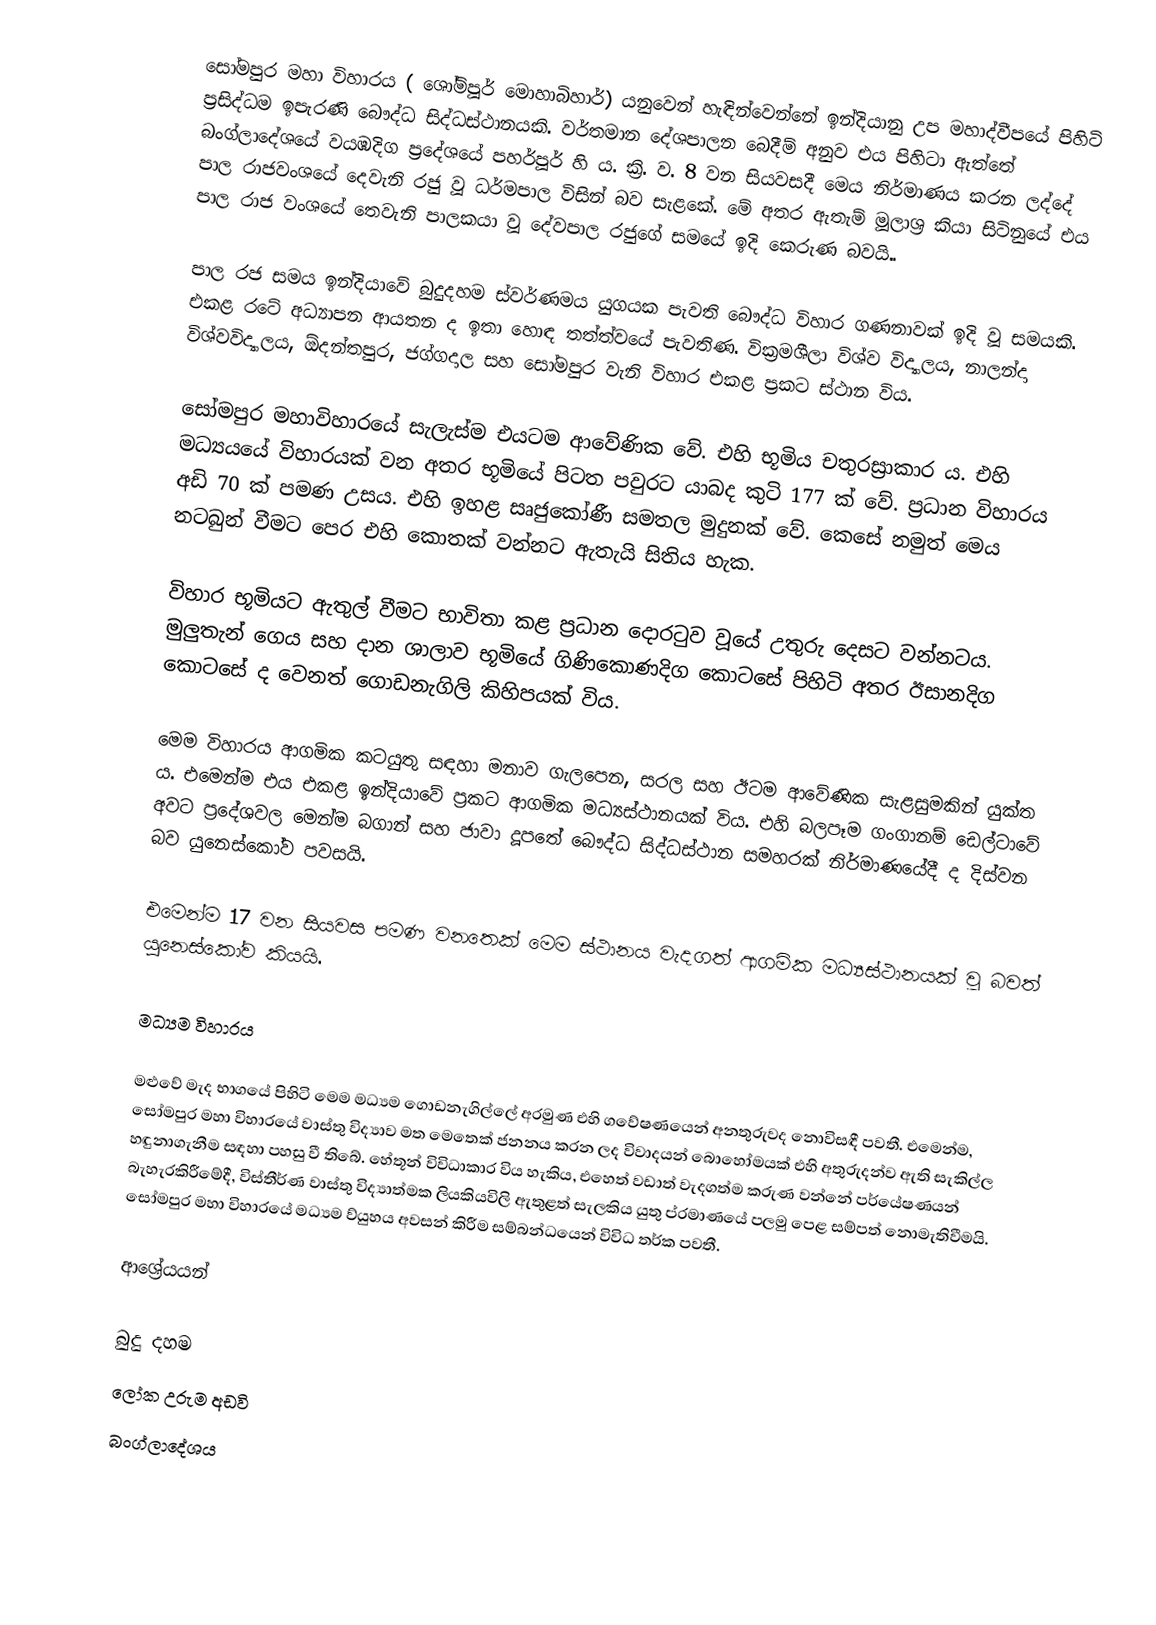
සෝමපුර මහා විහාරය ( ශෝම්පූර් මොහාබිහාර්) යනුවෙන් හැඳින්වෙන්නේ ඉන්දියානු උප මහාද්වීපයේ පිහිටි ප්‍රසිද්ධම ඉපැරණි බෞද්ධ සිද්ධස්ථානයකි. වර්තමාන දේශපාලන බෙදීම් අනුව එය පිහිටා ඇත්තේ බංග්ලාදේශයේ වයඹදිග ප්‍රදේශයේ පහර්පූර් හි ය. ක්‍රි. ව. 8 වන සියවසදී මෙය නිර්මාණය කරන ලද්දේ පාල රාජවංශයේ දෙවැනි රජු වූ ධර්මපාල විසින් බව සැළකේ. මේ අතර ඇතැම් මූලාශ්‍ර කියා සිටිනුයේ එය පාල රාජ වංශයේ තෙවැනි පාලකයා වූ දේවපාල රජුගේ සමයේ ඉදි කෙරුණ බවයි..

පාල රජ සමය ඉන්දියාවේ බුදුදහම ස්වර්ණමය යුගයක පැවති බෞද්ධ විහාර ගණනාවක් ඉදි වූ සමයකි. එකළ රටේ අධ්‍යාපන ආයතන ද ඉතා හොඳ තත්ත්වයේ පැවතිණ. වික්‍රමශීලා විශ්ව විද්‍යාලය, නාලන්දා විශ්වවිද්‍යාලය, ඕදන්තපුර, ජග්ගදාල සහ සෝමපුර වැනි විහාර එකළ ප්‍රකට ස්ථාන විය.

සෝමපුර මහාවිහාරයේ සැලැස්ම එයටම ආවේණික වේ. එහි භූමිය චතුරස්‍රාකාර ය. එහි මධ්‍යයයේ විහාරයක් වන අතර භූමියේ පිටත පවුරට යාබද කුටි 177 ක් වේ. ප්‍රධාන විහාරය අඩි 70 ක් පමණ උසය. එහි ඉහළ සෘජුකෝණී සමතල මුදුනක් වේ. කෙසේ නමුත් මෙය නටබුන් වීමට පෙර එහි කොතක් වන්නට ඇතැයි සිතිය හැක.

විහාර භූමියට ඇතුල් වීමට භාවිතා කළ ප්‍රධාන දොරටුව වූයේ උතුරු දෙසට වන්නටය. මුලුතැන් ගෙය සහ දාන ශාලාව භූමියේ ගිණිකොණදිග කොටසේ පිහිටි අතර ඊසානදිග කොටසේ ද වෙනත් ගොඩනැගිලි කිහිපයක් විය.

මෙම විහාරය ආගමික කටයුතු සඳහා මනාව ගැලපෙන, සරල සහ ඊටම ආවේණික සැළසුමකින් යුක්ත ය. එමෙන්ම එය එකළ ඉන්දියාවේ ප්‍රකට ආගමික මධ්‍යස්ථානයක් විය. එහි බලපෑම ගංගානම් ඩෙල්ටාවේ අවට ප්‍රදේශවල මෙන්ම බගාන් සහ ජාවා දූපතේ බෞද්ධ සිද්ධස්ථාන සමහරක් නිර්මාණයේදී ද දිස්වන බව යුනෙස්කෝව පවසයි.

එමෙන්ම 17 වන සියවස පමණ වනතෙක් මෙම ස්ථානය වැදගත් ආගමික මධ්‍යස්ථානයක් වූ බවත් යුනෙස්කෝව කියයි.

මධ්‍යම විහාරය

මළුවේ මැද භාගයේ පිහිටි මෙම මධ්‍යම ගොඩනැගිල්ලේ අරමුණ එහි ගවේෂණයෙන් අනතුරුවද නොවිසඳී පවතී. එමෙන්ම, සෝමපුර මහා විහාරයේ වාස්තු විද්‍යාව මත මෙතෙක් ජනනය කරන ලද විවාදයන් බොහෝමයක් එහි අතුරුදන්ව ඇති සැකිල්ල හඳුනාගැනීම සඳහා පහසු වී තිබේ. හේතූන් විවිධාකාර විය හැකිය, එහෙත් වඩාත් වැදගත්ම කරුණ වන්නේ පර්යේෂණයන් බැහැරකිරීමේදී, විස්තීර්ණ වාස්තු විද්‍යාත්මක ලියකියවිලි ඇතුළත් සැලකිය යුතු ප්රමාණයේ පලමු පෙළ සම්පත් නොමැතිවීමයි. සෝමපුර මහා විහාරයේ මධ්‍යම ව්යුහය අවසන් කිරීම සම්බන්ධයෙන් විවිධ තර්ක පවතී.

ආශ්‍රේයයන්

බුදු දහම
 ලෝක උරුම අඩවි
 බංග්ලාදේශය